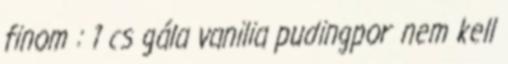
finom : 1 cs gála vanilia pudingpor nem kell